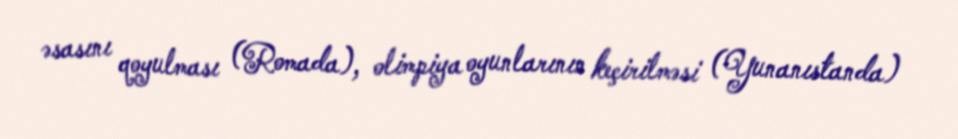
əsasını qoyulması (Romada), olimpiya oyunlarının keçirilməsi (Yunanıstanda)